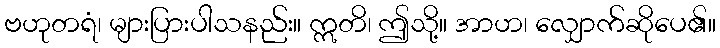
ဗဟုတရံ၊ များပြားပါသနည်း။ ဣတိ၊ ဤသို့။ အာဟ၊ လျှောက်ဆိုပေ၏။